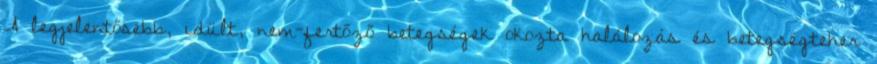
A legjelentősebb, idült, nem-fertőző betegségek okozta halálozás és betegségteher